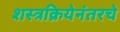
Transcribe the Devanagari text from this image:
शस्त्रक्रियेनंतरचे